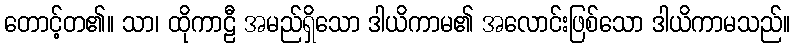
တောင့်တ၏။ သာ၊ ထိုကာဠီ အမည်ရှိသော ဒါယိကာမ၏ အလောင်းဖြစ်သော ဒါယိကာမသည်။